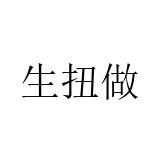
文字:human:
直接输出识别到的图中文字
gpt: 生扭做